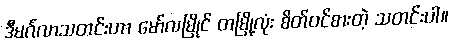
ဒီမင်္ဂလာသတင်းဟာ မော်လမြိုင် တမြို့လုံး စိတ်ဝင်စားတဲ့ သတင်းပါ။